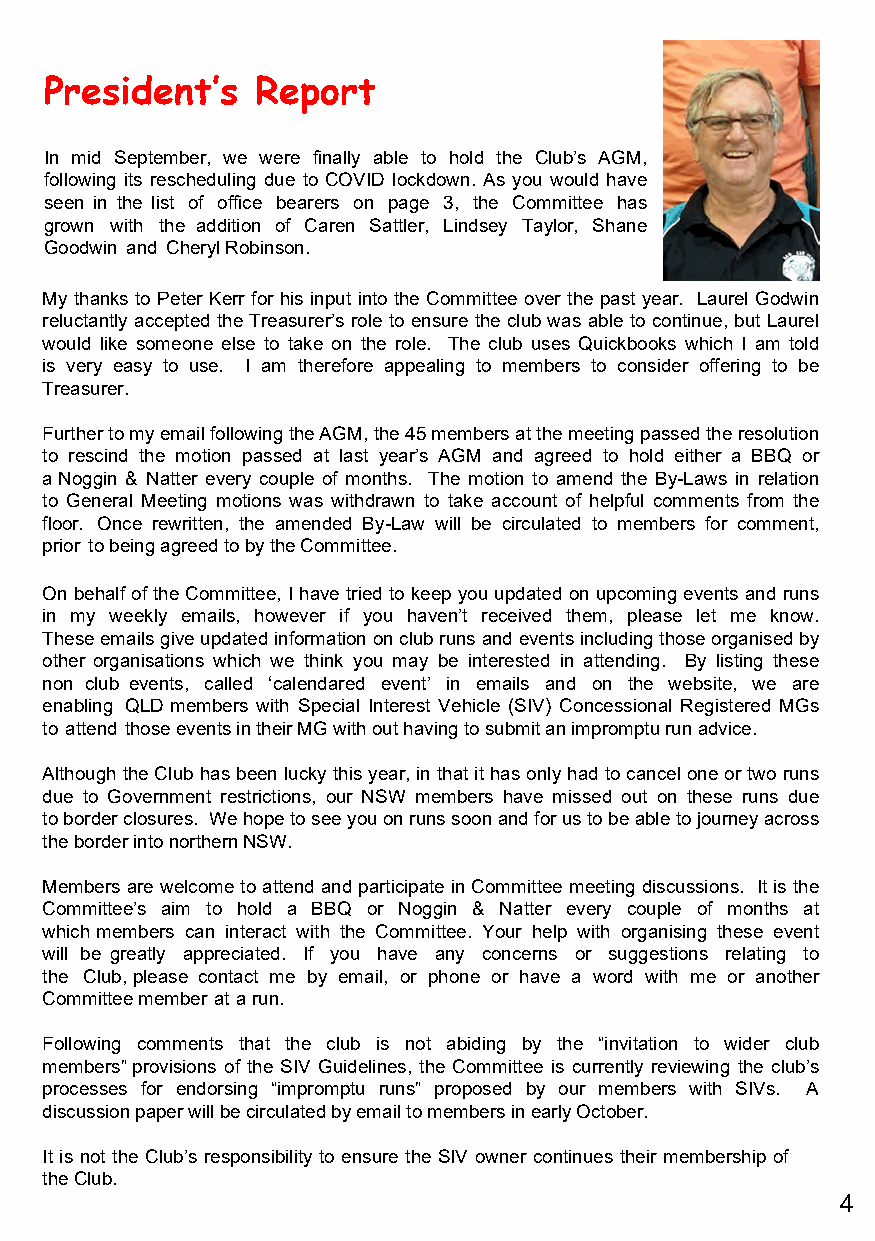
President‛s   Report
 In mid September, we were finally able to hold the Club’s AGM,
 following its rescheduling due to COVID lockdown. As you would have
 seen in the list of office bearers on page 3, the Committee has
 grown with the addition of Caren Sattler, Lindsey Taylor, Shane
 Goodwin and Cheryl Robinson.
 My thanks to Peter Kerr for his input into the Committee over the past year. Laurel Godwin
 reluctantly accepted the Treasurer’s role to ensure the club was able to continue, but Laurel
 would like someone else to take on the role. The club uses Quickbooks which I am told
 is very easy to use. I am therefore appealing to members to consider offering to be
 Treasurer.
 Further to my email following the AGM, the 45 members at the meeting passed the resolution
 to rescind the motion passed at last year’s AGM and agreed to hold either a BBQ or
 a Noggin & Natter every couple of months. The motion to amend the By-Laws in relation
 to General Meeting motions was withdrawn to take account of helpful comments from the
 floor. Once rewritten, the amended By-Law will be circulated to members for comment,
 prior to being agreed to by the Committee.
 On behalf of the Committee, I have tried to keep you updated on upcoming events and runs
 in my weekly emails, however if you haven’t received them, please let me know.
 These emails give updated information on club runs and events including those organised by
 other organisations which we think you may be interested in attending. By listing these
 non club events, called ‘calendared event’ in emails and on the website, we are
 enabling QLD members with Special Interest Vehicle (SIV) Concessional Registered MGs
 to attend those events in their MG with out having to submit an impromptu run advice.
 Although the Club has been lucky this year, in that it has only had to cancel one or two runs
 due to Government restrictions, our NSW members have missed out on these runs due
 to border closures. We hope to see you on runs soon and for us to be able to journey across
 the border into northern NSW.
 Members are welcome to attend and participate in Committee meeting discussions. It is the
 Committee’s aim to hold a BBQ or Noggin & Natter every couple of months at
 which members can interact with the Committee. Your help with organising these event
 will be greatly appreciated. If you have any concerns or suggestions relating to
 the Club, please contact me by email, or phone or have a word with me or another
 Committee member at a run.
 Following comments that the club is not abiding by the “invitation to wider club
 members” provisions of the SIV Guidelines, the Committee is currently reviewing the club’s
 processes for endorsing “impromptu runs” proposed by our members with SIVs. A
 discussion paper will be circulated by email to members in early October.
 It is not the Club’s responsibility to ensure the SIV owner continues their membership of
 the Club.
 4